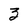
Character: 3